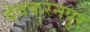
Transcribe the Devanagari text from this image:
देवकरनपुर